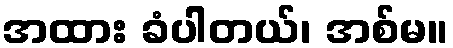
အထား ခံပါတယ်၊ အစ်မ။